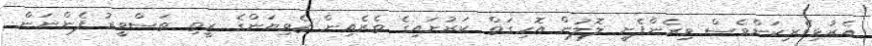
އެރުޅިވެރިކަންވެސް ވިރެންފެށީ ލޮލުން އޮހިގަތް ކަރުނައިގެ ތެރެއިން ޒެވިޔަންގެ ރީތި ތަސްވީރު ފެންނަން